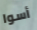
أسوا